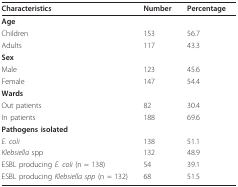
<table><thead><tr><td><b>Characteristics</b></td><td><b>Number</b></td><td><b>Percentage</b></td></tr></thead><tbody><tr><td><b>Age</b></td><td></td><td></td></tr><tr><td>Children</td><td>153</td><td>56.7</td></tr><tr><td>Adults</td><td>117</td><td>43.3</td></tr><tr><td><b>Sex</b></td><td></td><td></td></tr><tr><td>Male</td><td>123</td><td>45.6</td></tr><tr><td>Female</td><td>147</td><td>54.4</td></tr><tr><td><b>Wards</b></td><td></td><td></td></tr><tr><td>Out patients</td><td>82</td><td>30.4</td></tr><tr><td>In patients</td><td>188</td><td>69.6</td></tr><tr><td><b>Pathogens isolated</b></td><td></td><td></td></tr><tr><td><i>E. coli</i></td><td>138</td><td>51.1</td></tr><tr><td><i>Klebsiella </i>spp</td><td>132</td><td>48.9</td></tr><tr><td>ESBL producing <i>E. coli </i>(n = 138)</td><td>54</td><td>39.1</td></tr><tr><td>ESBL producing <i>Klebsiella spp </i>(n = 132)</td><td>68</td><td>51.5</td></tr></tbody></table>